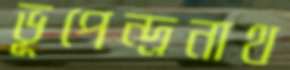
ভূপেন্দ্রনাথ